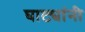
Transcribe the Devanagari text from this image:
घाट्यांनी